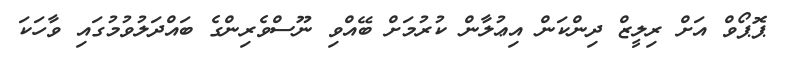
ޕޮޕޯވް އަށް ރިލީޒް ދިންކަން އިޢުލާން ކުރުމަށް ބޭއްވި ނޫސްވެރިންގެ ބައްދަލުވުމުގައި ވާހަކަ